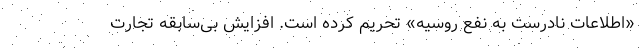
«اطلاعات نادرست به نفع روسیه» تحریم کرده است. افزایش بی‌سابقه تجارت